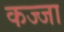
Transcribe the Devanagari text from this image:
कज्जा